Vital statistics of India. Vol. V, Reports of 1876 on armies & jails and on epidemic cholera
Year: 1876
Disease focus: Cholera
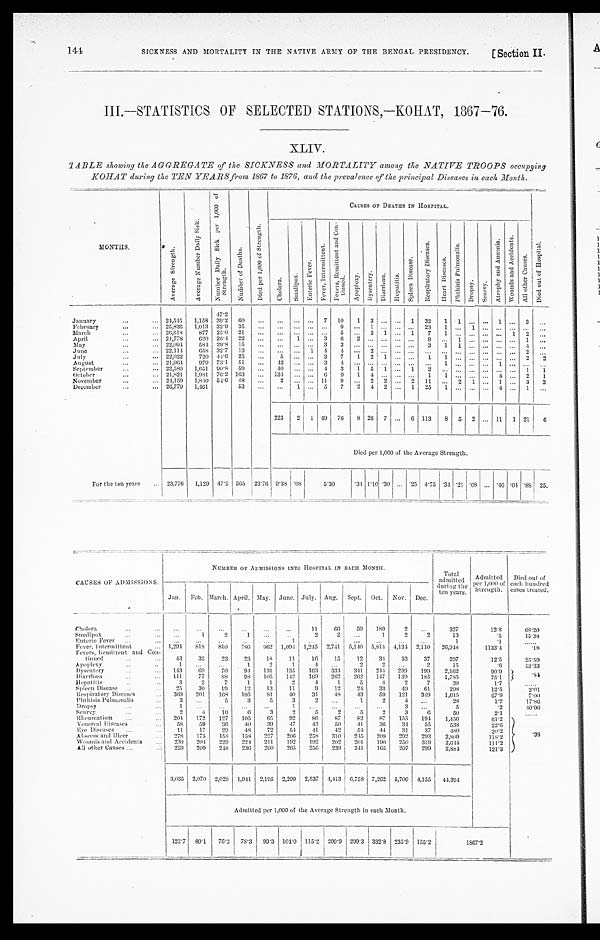
144
SICKNESS AND MORTALITY IN THE NATIVE ARMY OF THE BENGAL PRESIDENCY.
[ Section II.
III.—STATISTICS OF SELECTED STATIONS,—KOHAT, 1867—76.
XLIV.
TABLE showing the AGGREGATE of the SICKNESS and MORTALITY among the NATIVE TROOPS occupying
KOHTAT during the TEN YEARS from 1867 to 1876, and the prevalence of the principal Diseases in each Month.
MONTHS.
A v e r a g e S t r e n g t h .
A v e r a g e N u m b e r D a i l y S i c k .
N u m b e r D a i l y S i c k p e r 1 , 0 0 0 o f S t r e n g t h .
N u m b e r o f D e a t h s .
D i e d p e r 1 , 0 0 0 o f S t r e n g t h
CAUSES OF DEATHS IN HOSPITAL.
C h o l e r a .
S m a l l p o x .
E n t e r i c F e v e r .
F e v e r , I n t e r m i t t e n t .
F e v e r , I n t e r m i t t e n t a n d C o n - t i n u e d .
A p o p l e x y .
D y s e n t e r y .
D i a r r h œ a . H e p a t i t i s .
S p l e e n D i s e a s e .
R e s p i r a t o r y D i s e a s e s .
H e a r t D i s e a s e s .
P h t h i s i s P u l m o n a l i s .
D r o p s y .
S c u r v y .
A t r o p h y a n d A n æ m i a .
W o u n d s a n d A c c i d e n t s .
A l l o t h e r C a u s e s .
D i e d o u t o f H o s p i t a l .
47.2
January . . . 24,545
1,158 39.2
6 0
. . .
. . .
. . . . . .
7
10
1
3
. . . . . .
1
32
1
1
. . . . . . 1 . . . 3
. . .
25,836 1,013 32.9
35
. . .
. . .
. . . . . . . . .
9
. . .
1 . . . . . . . . .
February . . .
23
1 . . .
1 .
. . . . . . . . . . .
. . .
March . . . 26,618
877 25.0
2 1 . . .
. . .
. . .
. . .
. . .
5
. . .
3
1
. . .1
7 1 . . .
. . .
. . .. . .
1
2
. . .
April . . . 24,778
620 26.4
2 2 . . .
. . .
1
. . .
3
6
2
. . .
. . .
. . .. . .
8 . . .1
. . .
. . .. . . . . .
1
. . .
22,094
584 29.8
1 5 . . .
. . .
. . .
. . .
3
3
. . .
. . .
. . .
. . .. . .
3
May . . .
1 1
. . .
. . .. . . . . .
4
. . .
2 2 , 1 1 4
658 32.7
1 3 . . .
. . .
. . .
1
4
4
. . .
2
. . .
. . .. . .
. . .
June . . .
. . .. . .
. . .
. . .. . . . . .
2
. . .
July . . . 22,022
720 44.6
25
. . . 5
. . .
. . .
3
7
1
2
1
. . .. . .
1 1 . . .
. . .
. . .. . . . . .
2
2
21964
979 73.1
51
. . .
42
. . . . . .
3
4
. . . . . .
August . . .
. . .
. . . . . .
. . .
1 . . .
. . .
. . . 1 . . .
. . .
. . .
22,580
1,651 90.8
59
. . .
.40 . . . . . .
1
3
1
5
1 . . .
1
2
. . . . . .
. . . . . . . . . . . . 1
1
September . . .
October . . . 21,821
1,981 76.2 163
. . . 134
. . .
. . .
6
9
1
4
. . .
. . .. . .
1 1 . . .
. . .
. . . 4 . . .
2
1
24,159 1,840 54.6
4 8
. . .
2
. . . . . . 11
9
. . .
2
November . . .
2
. . . 2
11
. . . 2
1
. . . 1 . . . 3
2
December . . . 26,779
1,461
53
. . .
. . .
1 . . .
5
7
2
4
2 . . .
1
25
1 . . . . .
. . .
4 . . .
1
. . .
223
2
1 49
76
8 26
7 . . .
6 113
8
5
2 . . . 11
1 21
6
Died per 1,000 of the Average Strength.
For the ten years . . . 23,776
1,120 47.5 565 23.76 9.38
. 0 8
5.30
.34 1.10 .30 . . . .25 4.75 .34 .21
. 0 8 . . . .46 .04 .88 25.
CAUSES OF ADMISSIONS.
NUMBER OF ADMISSIONS INTO HOSPITAL IN EACH MONTH.
Total
admitted
during the
ten years.
Admitted
per 1,000 of
Strength.
Died out of
each hundred
cases treated.
Jan.
Feb. March. April. May. June. July. Aug.
Sept. Oct.
Nov.
--
Dec.
Cholera. . .
. . .
. . .
. . .
. . .
. . .
. . .
11
66
59
189
2
. . .
327
13.8
68.20
Smallpox . . .
. . .
1
2
1
. . .
. . .
2
2
. . .
1
2
2
13
.5
15.38
Enteric Fever . . .
. . .
. . .
. . .
. . .
. . .
1
. . .
. . .
. . .
. . .
. . .
. . .
1
.1
. . .
Fever, Intermittent . . .
1,294
818
810
786
962 1,094 1,245 2,741 5,140 5,814 4,134 2,110
26, 948
1133.4
.18
Fevers, Remittent and Con-
tinued. . .
43
32
23
23
18
11
1 6
15
1
12
34
33
37
297
12.5
25.59
Apoplexy . . .
1
. . .
. . .
1
. 2 . .
1
4
. . . 2
2
. . .
2
15
. 6
53.33
Dysentery . . .
143
69
70
94
131
135
163
334
341
244
239
199
2,162
90.9
. 8 4
Diarrhœa . . .
111
77
88
98
105
142
169
262
262
147
139
185
1,785
75.1
Hepatitis . . .
3
2
7
1
1
2
4
1
5
4
2
7
39
17
. . .
Spleen Disease . . .
2 5
30
19
12
13
11
9
12
24
33
49
61
293
125
2 . 0 1
Respiratory Diseases . . .
369
201
168
105
81
4 0
31
48
43
59
121
349
1,615
67.9
7 . 0 0
Phthisis Pulmonalis . . .
3
. . .
5
3
5
3
2
. . .
1
2
4
. . .
28
1.2
17.86
Dropsy . . .
1
. . .
. . .
. . .
. . .
1
. . .
. . .
. . .
. . .
3
. . .
5
.2
40.00
Scurvy . . .
2
4
10
6
3
2
5
2
5
2
3
6
50
2.1
. . .
Rheumatism . . .
204
172
127
105
65
92
8 6
87
82
87
155
194
1,456
6 1 . 2
. 3 8
Venereal Diseases . . .
5 8
5 9
36
40
39
47
43
50
41
36
34
5 5
538
22.6
Eye Diseases . . .
11
17
29
48
72
54
41
42
51
44
31
37
480
20.2
Abscess and Ulcer . . .
278
175
158
158
227
206
258
310
245
209
292
293
2,809
118.2
Wounds and Accidents. . .
230
204
229
224
211
192
192
202
201
190
250
319
2,644
111.2
All other Causes . . .
259
209
248
236
260
265
256
239
241
165
207
299
2,884
121.3
3,035 2,070 2,029 1,941 2,195 2,299 2,537 4,413 6,758 7,262 5,700 4,155
44,394
Admitted per 1,000 of the Average Strength in each Month.
123.7 80.1
76.2
78.3
99.3 104.0 115.2 200.9 299.3 332.8 235.9 155.2
1867.2